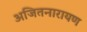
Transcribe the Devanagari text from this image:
अजितनारायण